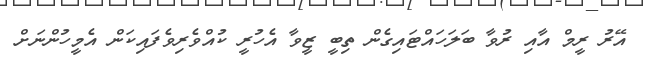
އޭރު ރީމް އާއި ރުވާ ބަލަހައްޓައިގެން ތިބީ ޒީވާ އެހުރީ ކުއްވެރިވެފައިކަން އެމީހުންނަށް